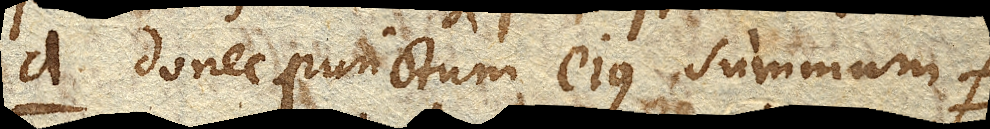
a. donec punctum ejus summum f.